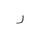
Letter: _ra